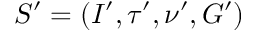
S ^ { \prime } = ( I ^ { \prime } , \tau ^ { \prime } , \nu ^ { \prime } , G ^ { \prime } )